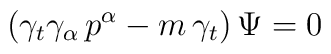
(\gamma_t\gamma_\alpha \, p^\alpha - m \, \gamma_t) \, \Psi = 0